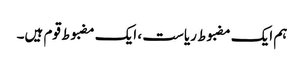
ہم ایک مضبوط ریاست ، ایک مضبوط قوم ہیں۔